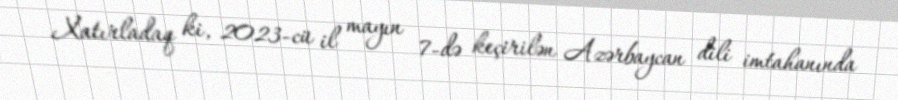
Xatırladaq ki, 2023-cü il mayın 7-də keçirilən Azərbaycan dili imtahanında